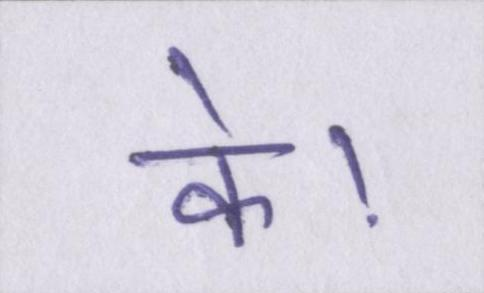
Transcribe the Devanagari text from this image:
के।